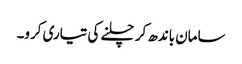
سامان باندھ کر چلنے کی تیاری کرو۔